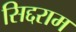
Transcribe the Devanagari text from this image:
सिद्दराम